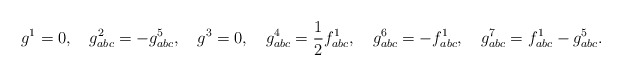
\begin{align*}g^ 1=0,\quad g^2_{abc} = -g^ 5_{abc}, \quad g^ 3=0, \quad g^4_{abc}=\frac{1}{2}f^1_{abc}, \quad g^ 6_{abc}=-f^ 1_{abc},\quad g^ 7_{abc}=f^ 1_{abc}-g^5_{abc}.\end{align*}